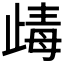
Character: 𣥽